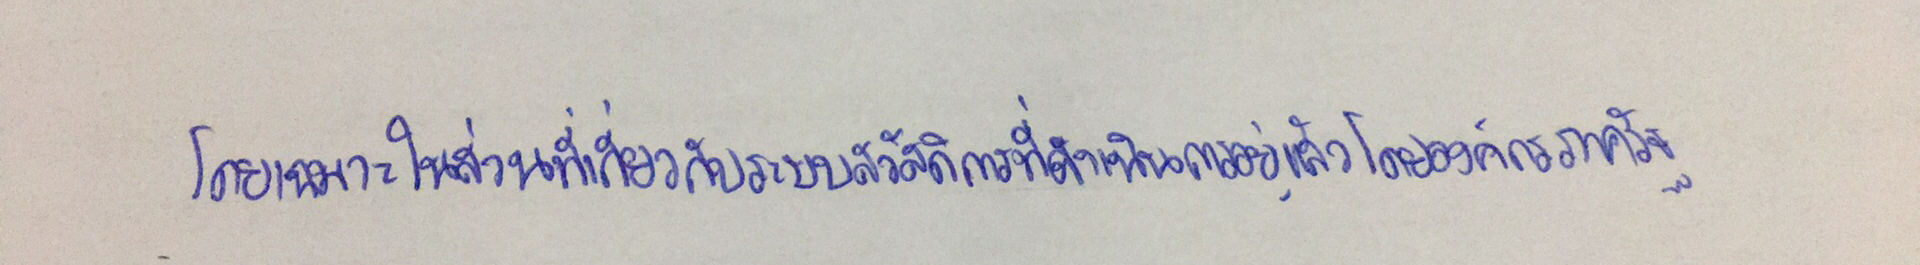
โดยเฉพาะในส่วนที่เกี่ยวกับระบบสวัสดิการที่ดำเนินการอยู่แล้วโดยองค์กรภาครัฐ